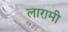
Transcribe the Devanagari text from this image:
लारामी